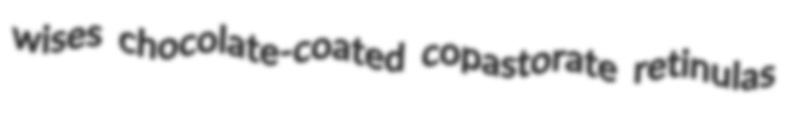
wises chocolate-coated copastorate retinulas